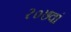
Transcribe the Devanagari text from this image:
२०७वां